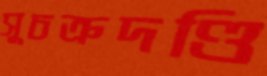
সুচক্রদণ্ডি